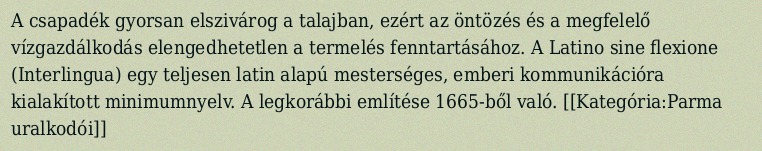
A csapadék gyorsan elszivárog a talajban, ezért az öntözés és a megfelelő vízgazdálkodás elengedhetetlen a termelés fenntartásához. A Latino sine flexione (Interlingua) egy teljesen latin alapú mesterséges, emberi kommunikációra kialakított minimumnyelv. A legkorábbi említése 1665-ből való. [[Kategória:Parma uralkodói]]